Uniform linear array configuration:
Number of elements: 12
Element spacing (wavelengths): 0.5
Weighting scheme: uniform
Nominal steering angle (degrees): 45
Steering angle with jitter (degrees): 43.139
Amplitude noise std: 0.05
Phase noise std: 0.05

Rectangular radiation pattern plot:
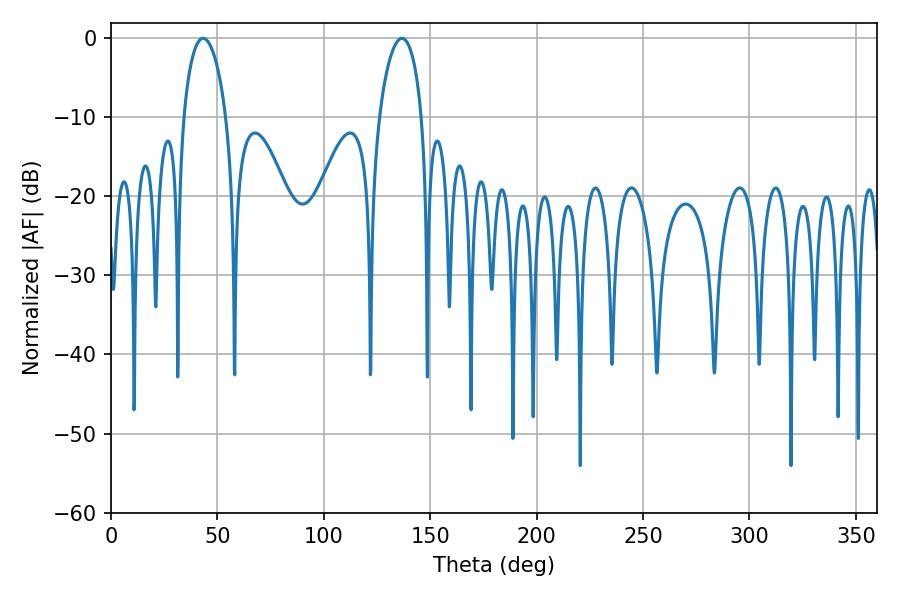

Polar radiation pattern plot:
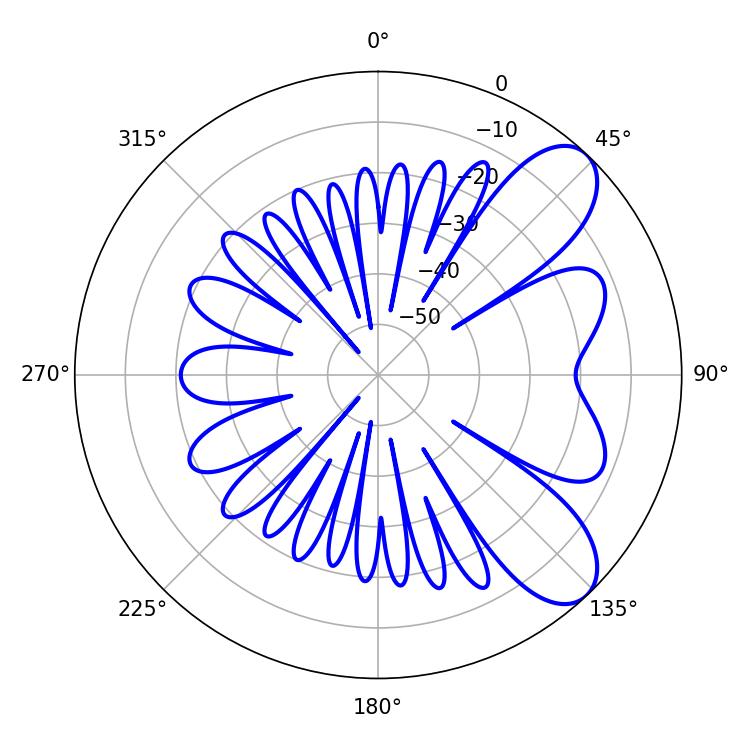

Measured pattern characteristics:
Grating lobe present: FALSE
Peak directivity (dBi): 8.059
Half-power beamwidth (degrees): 11.52
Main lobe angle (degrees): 43.2